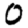
Digit: 0